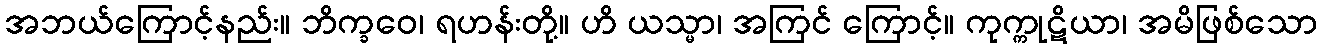
အဘယ်ကြောင့်နည်း။ ဘိက္ခဝေ၊ ရဟန်းတို့။ ဟိ ယသ္မာ၊ အကြင် ကြောင့်။ ကုက္ကုဋိယာ၊ အမိဖြစ်သော